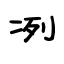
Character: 冽